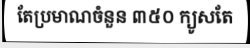
តែប្រមាណចំនួន ៣៥០ ក្យូសតែ